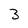
Character: 3